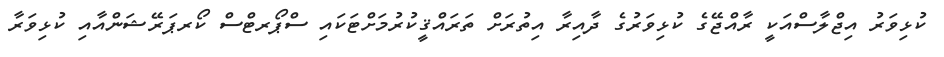
ކުޅިވަރު އިޖްލާސްއަކީ ރާއްޖޭގެ ކުޅިވަރުގެ ދާއިރާ އިތުރަށް ތަރައްޤީކުރުމަށްޓަކައި ސްޕޯރޓްސް ކޯރޕަރޭޝަންއާއި ކުޅިވަރާ